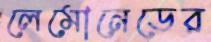
লেমোনেডের